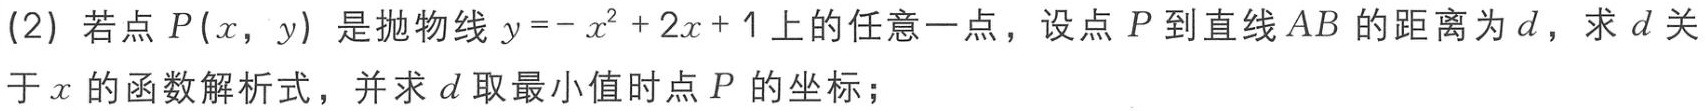
(2) 若点 \(P(x,y)\) 是抛物线 \(y = -x^{2}+2x + 1\) 上的任意一点，设点 \(P\) 到直线 \(AB\) 的距离为 \(d\)，求 \(d\) 关于 \(x\) 的函数解析式，并求 \(d\) 取最小值时点 \(P\) 的坐标；